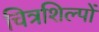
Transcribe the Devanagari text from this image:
चित्रशिल्पों